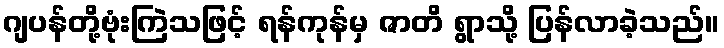
ဂျပန်တို့ဗုံးကြဲသဖြင့် ရန်ကုန်မှ ဇာတိ ရွာသို့ ပြန်လာခဲ့သည်။